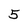
Character: 5